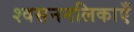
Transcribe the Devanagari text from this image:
श्वसननलिकाएँ